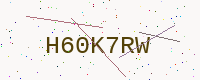
Text: H60K7RW